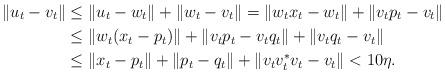
LaTeX: \begin{align*}\|u_t-v_t\|&\leq\|u_t-w_t\|+\|w_t-v_t\|=\|w_tx_t-w_t\|+\|v_tp_t-v_t\|\\&\leq\|w_t(x_t-p_t)\|+\|v_tp_t-v_tq_t\|+\|v_tq_t-v_t\|\\&\leq \|x_t-p_t\|+\|p_t-q_t\|+\|v_tv_t^*v_t-v_t\|<10\eta.\end{align*}